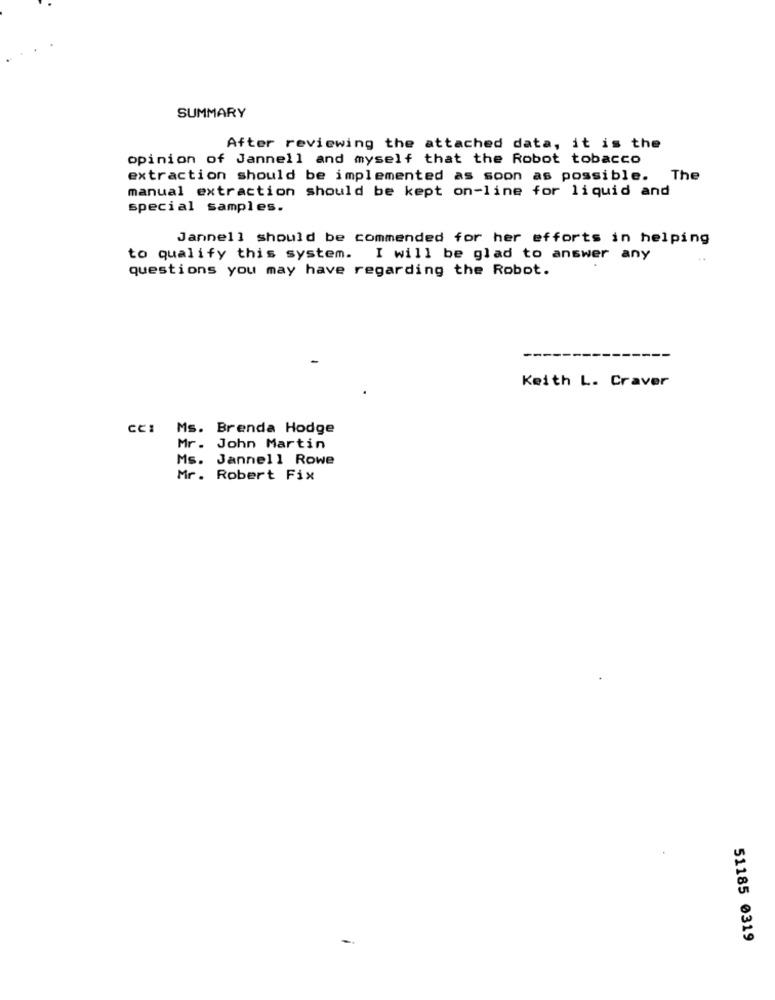
SUMMARY
After reviewing the attached data, it is the
opinion of Jannell and myself that the Robot tobacco
extraction should be implemented as soon as possible.
The
manual extraction should be kept on-line for liquid and
special samples.
Jannell should be commended for her efforts in helping
to qualify this system.
I will be glad to answer any
questions you may have regarding the Robot.
Keith L. Craver
CCI
Ms. Brenda Hodge
Mr. John Martin
Ms. Jannell Rowe
Mr. Robert Fix
51185 0319